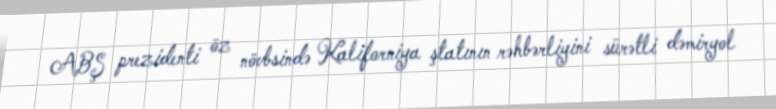
ABŞ prezidenti öz növbsində Kaliforniya ştatının rəhbərliyini sürətli dəmiryol